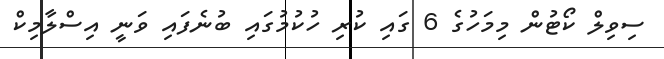
ސިވިލް ކޯޓުން މިމަހުގެ 6 ގައި ކުރި ހުކުމުގައި ބުނެފައި ވަނީ އިސްލާމިކް